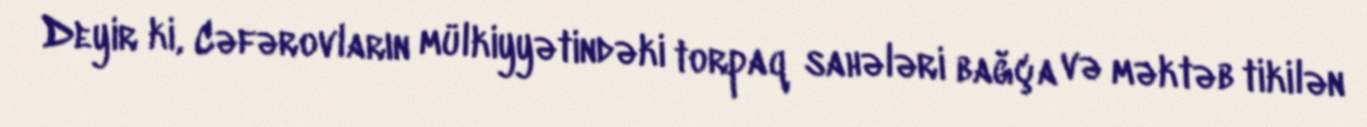
Deyir ki, Cəfərovların mülkiyyətindəki torpaq sahələri bağça və məktəb tikilən